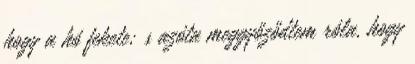
hogy a hó fekete; s azóta meggyőződtem róla, hogy